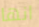
انها